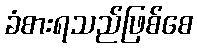
ခံစားရသည်ဖြစ်စေ